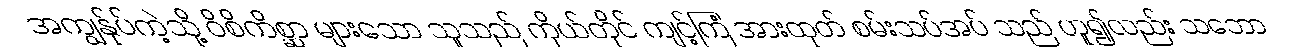
အကျွန်ုပ်ကဲ့သို့ ဝိစိကိစ္ဆာ များသော သူသည် ကိုယ်တိုင် ကျင့်ကြံ အားထုတ် စမ်းသပ်အပ် သည် ဟူ၍လည်း သဘော